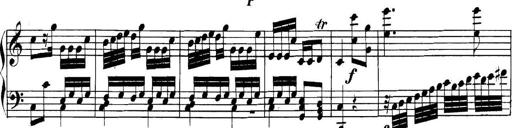
Title: Collected Piano Sonatas
Composer: Muzio Clementi